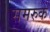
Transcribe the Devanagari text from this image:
समरुक